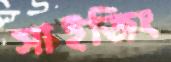
সাইজিং